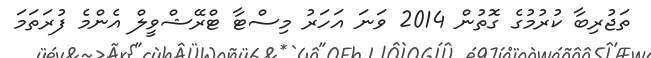
ތަޖުރިބާ ކުރުމުގެ ގޮތުން 2014 ވަނަ އަހަރު މިސްޓާ ޓްރޭޝްވީލް އެންމެ ފުރަތަމަ